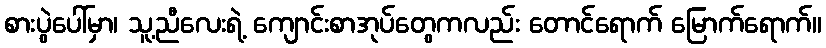
စားပွဲပေါ်မှာ၊ သူ့ညီလေးရဲ့ ကျောင်းစာအုပ်တွေကလည်း တောင်ရောက် မြောက်ရောက်။